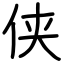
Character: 侠